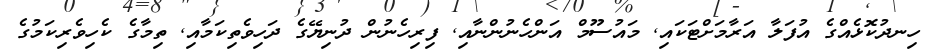
ހިނދުކޮޅެއްގެ އުފަލާ އަރާމަށްޓަކައި